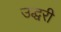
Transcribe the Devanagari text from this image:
उद्धरी